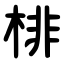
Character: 棑